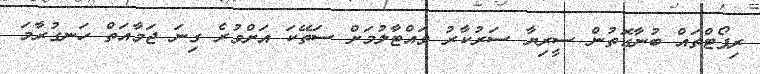
ރިޕޯޓްތައް ބުނާގޮތުން ސީރިޔާ ސަރުކާރު ވައްޓާލުމަށް ސަތޭކަ އަށްވުރެ ގިނަ ޖަމާއަތް ހަނގުރާމަ